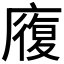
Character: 𭙷